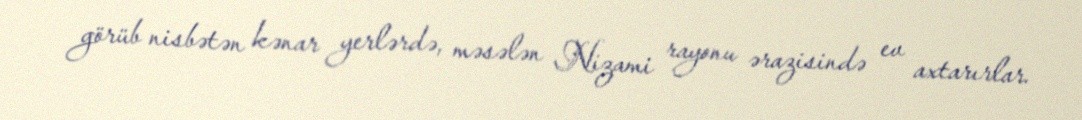
görüb nisbətən kənar yerlərdə, məsələn Nizami rayonu ərazisində ev axtarırlar.